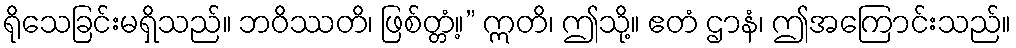
ရိုသေခြင်းမရှိသည်။ ဘဝိဿတိ၊ ဖြစ်တ္တံ့။” ဣတိ၊ ဤသို့။ ဧတံ ဌာနံ၊ ဤအကြောင်းသည်။